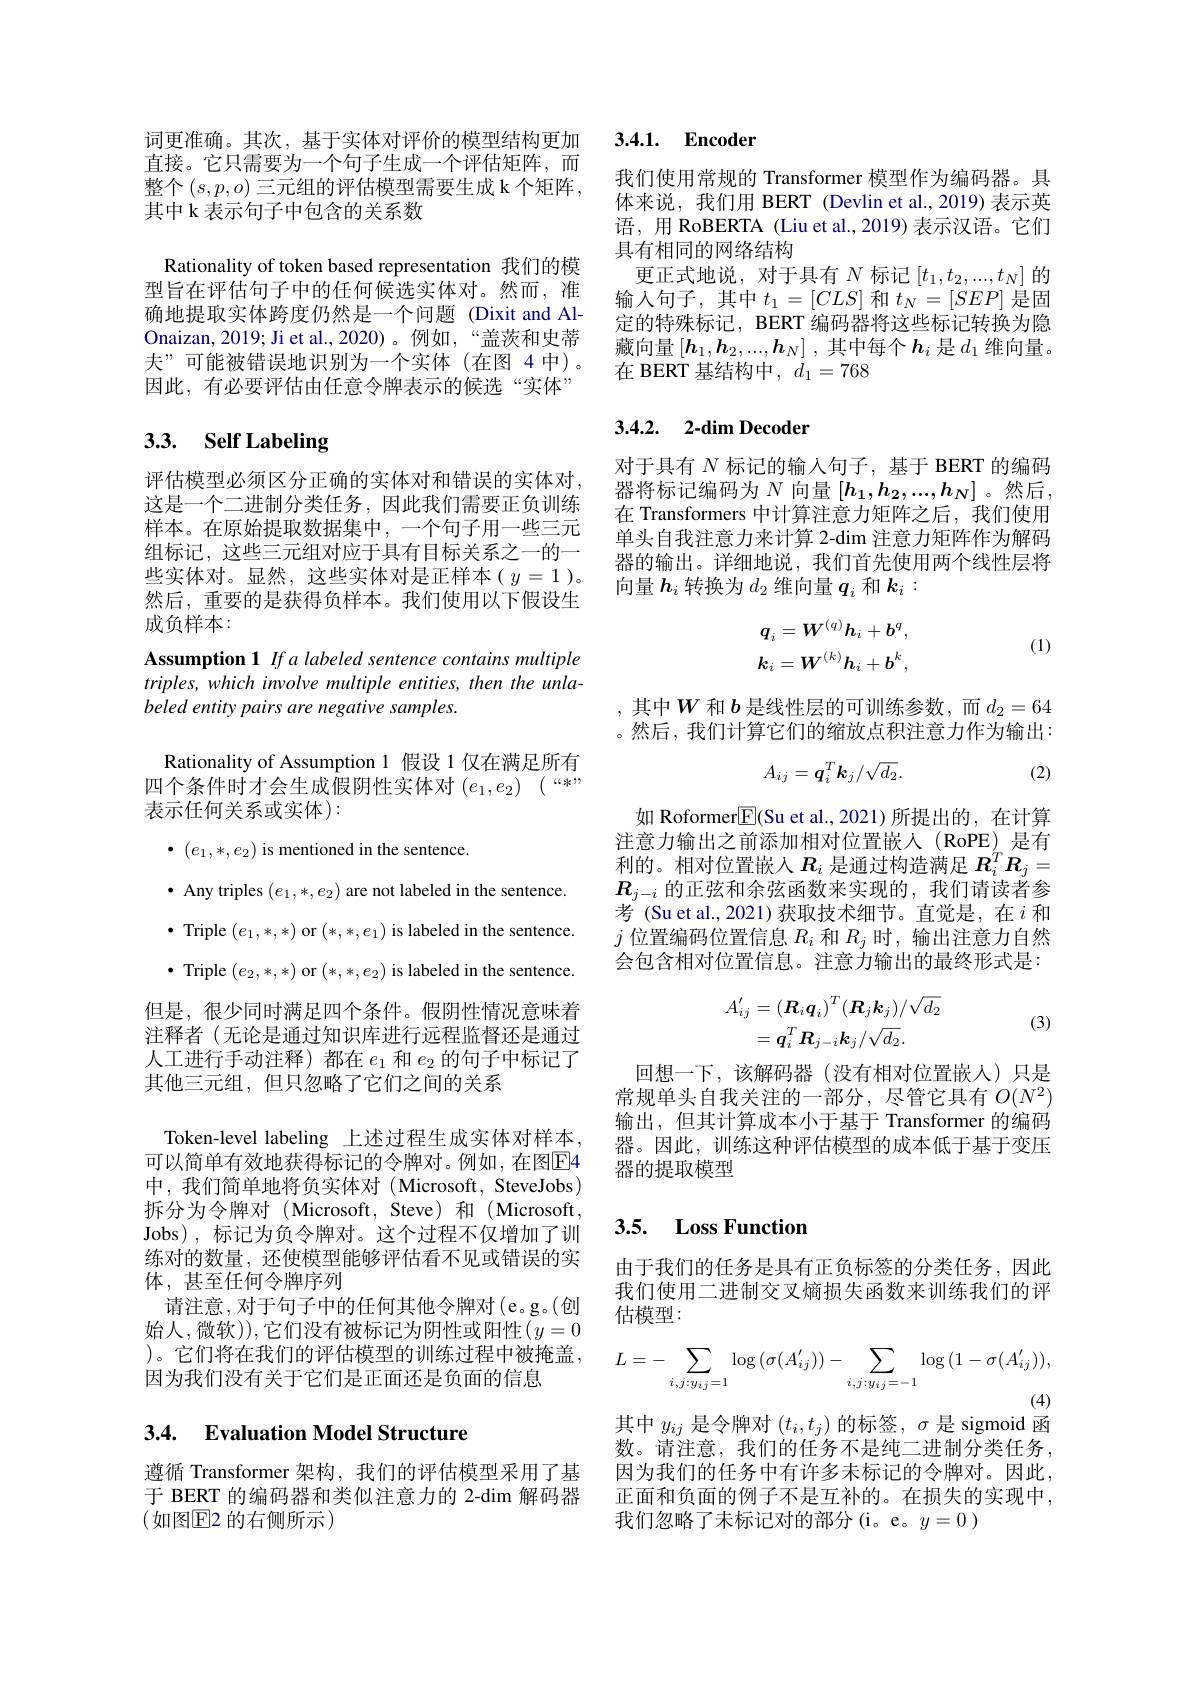
词更准确。其次，基于实体对评价的模型结构更加直接。它只需要为一个句子生成一个评估矩阵，而整个$(s,p,o)$ 三元组的评估模型需要生成 k 个矩阵， 其中 k 表示句子中包含的关系数
Rationality of token based representation 我们的模型旨在评估句子中的任何候选实体对。然而，准确地提取实体跨度仍然是一个问题 (Dixit and AlOnaizan, 2019; Ji et al., 2020)。例如，“盖茨和史蒂夫”可能被错误地识别为一个实体(在图 4 中)。因此，有必要评估由任意令牌表示的候选“实体”

# 3.3. Self Labeling

评估模型必须区分正确的实体对和错误的实体对， 这是一个二进制分类任务，因此我们需要正负训练样本。在原始提取数据集中，一个句子用一些三元组标记，这些三元组对应于具有目标关系之一的一些实体对。显然，这些实体对是正样本( $y=1)$。然后，重要的是获得负样本。我们使用以下假设生成负样本：

Assumption 1 If a labeled sentence contains multiple triples, which involve multiple entities, then the unlabeled entity pairs are negative samples.
Rationality of Assumption 1 假设 1 仅在满足所有四个条件时才会生成假阴性实体对$( e_1, e_2)$ ( “*” 表示任何关系或实体):
$\bullet$ $( e_1, * , e_2)$ is mentioned in the sentence.
$\bullet$ Any triples $(e_1,*,e_2)$ are not labeled in the sentence. $\bullet$ Triple $(e_1,*,*)$ or $(*,*,e_1)$ is labeled in the sentence. $\bullet$ Triple $(e_2,*,*)$ or $(*,*,e_2)$ is labeled in the sentence.
但是，很少同时满足四个条件。假阴性情况意味着注释者(无论是通过知识库进行远程监督还是通过人工进行手动注释)都在$e_1$和$e_2$的句子中标记了其他三元组，但只忽略了它们之间的关系
Token-level labeling 上述过程生成实体对样本， 可以简单有效地获得标记的令牌对。例如，在图$\overline{\mathrm{E}}$4中，我们简单地将负实体对(Microsoft,SteveJobs) 拆分为令牌对(Microsoft, Steve)和(Microsoft, Jobs), 标记为负令牌对。这个过程不仅增加了训练对的数量，还使模型能够评估看不见或错误的实体，甚至任何令牌序列
请注意，对于句子中的任何其他令牌对(e。g。(创始人，微软)),它们没有被标记为阴性或阳性$\left(y=0\right.$ )。它们将在我们的评估模型的训练过程中被掩盖， 因为我们没有关于它们是正面还是负面的信息

## 3.4. Evaluation Model Structure

遵循 Transformer 架构，我们的评估模型采用了基于 BERT 的编码器和类似注意力的 2-dim 解码器(如图E2 的右侧所示)

# 3.4.1. Encoder

我们使用常规的 Transformer 模型作为编码器。具体来说，我们用 BERT (Devlin et al.,2019) 表示英语，用 RoBERTA (Liu et al., 2019) 表示汉语。它们具有相同的网络结构
更正式地说，对于具有$N$标记$[t_1,t_2,...,t_N]$的输入句子，其中$t_1=[CLS]$ 和$t_N=[SEP]$ 是固定的特殊标记，BERT 编码器将这些标记转换为隐藏向量$\left[\boldsymbol h_1,\boldsymbol{h}_2,...,\boldsymbol{h}_N\right]$, 其中每个$\boldsymbol h_i$ 是$d_1$ 维向量。在 BERT 基结构中，$d_1=768$

# 3.4.2. $2- \dim$Decoder

对于具有$N$标记的输入句子，基于 BERT 的编码器将标记编码为$N$向量$[h_1,h_2,...,h_N]$ 。然后， 在 Transformers 中计算注意力矩阵之后，我们使用单头自我注意力来计算 2-dim 注意力矩阵作为解码器的输出。详细地说，我们首先使用两个线性层将向量$h_i$转换为$d_2$维向量$q_i$和$k_i:$
$$q_{i}=\boldsymbol{W}^{(q)}\boldsymbol{h}_{i}+\boldsymbol{b}^{q},\\k_{i}=\boldsymbol{W}^{(k)}\boldsymbol{h}_{i}+\boldsymbol{b}^{k},$$
(1)

,其中$W$和$b$ 是线性层的可训练参数，而$d_2=64$ 。然后，我们计算它们的缩放点积注意力作为输出：
$$A_{ij}=\boldsymbol{q}_i^T\boldsymbol{k}_j/\sqrt{d_2}.$$
(2)

如 Roformer$\underline{\mathrm{E}}($Su et al.,2021)所提出的，在计算注意力输出之前添加相对位置嵌人(RoPE)是有利的。相对位置嵌入$\boldsymbol{R}_i$是通过构造满足$\boldsymbol{R}_i^T\boldsymbol{R}_j=$ $R_{j-i}$的正弦和余弦函数来实现的，我们请读者参考 (Su et al., 2021)获取技术细节。直觉是，在$i$和$j$位置编码位置信息$R_i$和$R_j$时，输出注意力自然会包含相对位置信息。注意力输出的最终形式是：
$$A_{ij}^{\prime}=(\boldsymbol{R}_{i}\boldsymbol{q}_{i})^{T}(\boldsymbol{R}_{j}\boldsymbol{k}_{j})/\sqrt{d_{2}}\\=\boldsymbol{q}_{i}^{T}\boldsymbol{R}_{j-i}\boldsymbol{k}_{j}/\sqrt{d_{2}}.$$
(3)

回想一下，该解码器(没有相对位置嵌人)只是常规单头自我关注的一部分，尽管它具有$O(N^2)$ 输出，但其计算成本小于基于 Transformer 的编码器。因此，训练这种评估模型的成本低于基于变压器的提取模型

# 3.5. Loss Function

由于我们的任务是具有正负标签的分类任务，因此我们使用二进制交叉熵损失函数来训练我们的评估模型：
$$L=-\sum_{i,j:y_{ij}=1}\log\left(\sigma(A_{ij}')\right)-\sum_{i,j:y_{ij}=-1}\log\left(1-\sigma(A_{ij}')\right),$$
(4)

其中$y_ij$是令牌对$(t_i,t_j)$的标签，$\sigma$是 sigmoid 函

数。请注意，我们的任务不是纯二进制分类任务， 因为我们的任务中有许多未标记的令牌对。因此， 正面和负面的例子不是互补的。在损失的实现中， 我们忽略了未标记对的部分(i。e。$y=0$)